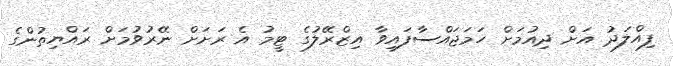
ފިއްލަދު އަށް ދިއުމަށް ހަމަޖައްސާފައިވާ އިޒްރޭލުގެ ޓީމު އެ ރަށަށް ނޭރުވުމަށް ރައްޔިތުންގެ